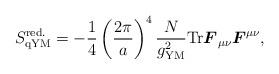
LaTeX: \begin{align*}S_{\mathrm{qYM}}^{\mathrm{red.}}=-{1\over 4}\left( {2\pi\over a}\right)^4{N\over g^2_{\mathrm{YM}}} \mathrm{Tr}{\mbox{\boldmath{$F$}}}_{\mu\nu}{\mbox{\boldmath{$F$}}}^{\mu\nu},\end{align*}